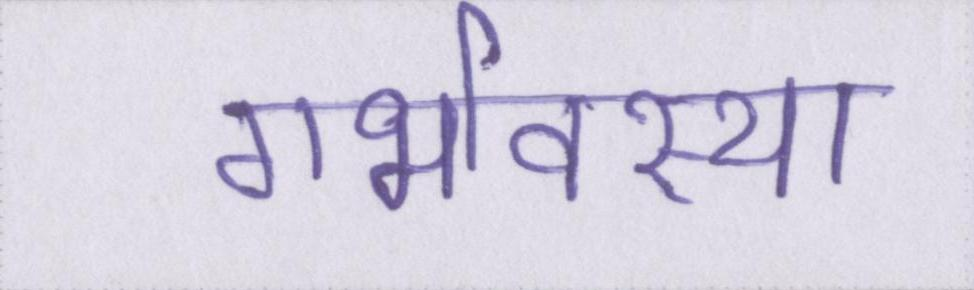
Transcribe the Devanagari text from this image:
गर्भावस्था